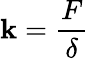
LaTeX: \mathbf{k}={\frac{{F}}{{\delta}}}